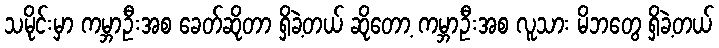
သမိုင်းမှာ ကမ္ဘာဦးအစ ခေတ်ဆိုတာ ရှိခဲ့တယ် ဆိုတော့ ကမ္ဘာဦးအစ လူသား မိဘတွေ ရှိခဲ့တယ်